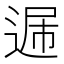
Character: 𨓠